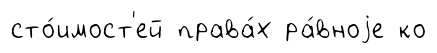
сто́имост'ей права́х ра́вноjе ко